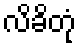
လိခိတုံ